Medical and sanitary report of the native army of Madras for the year
Year: 1875
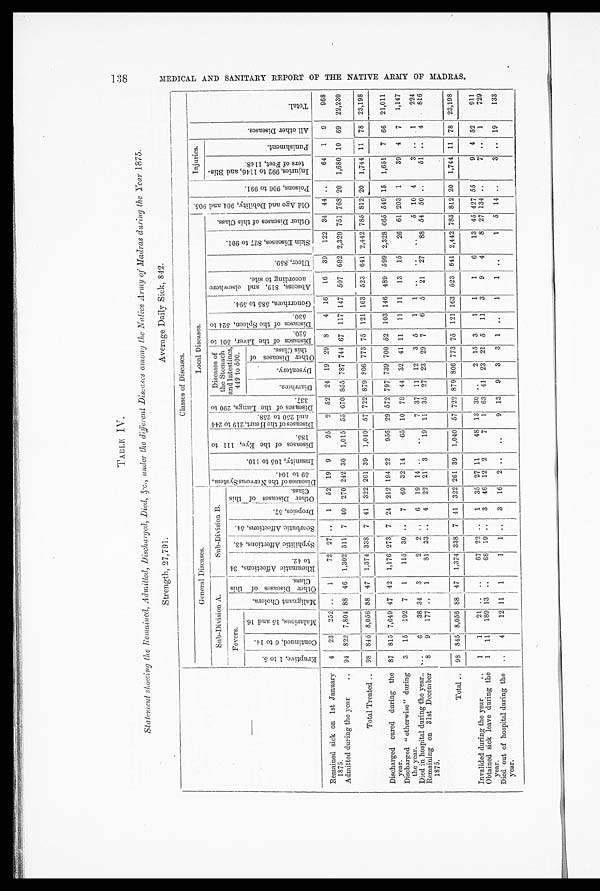
1 3 8 ME DI CAL AND S ANI T AR Y R E P OR T OF T HE NAT I VE AR MY OF MADR AS .
TABLE IV.
Statement showing the Remained, Admitted, Discharged, Died, &c., under the different Diseases among the Native Army of Madras during the Year 1875.
Strength, 27,791.
Average Daily Sick, 842.
—
Classes of Diseases.
General Diseases.
Local Diseases.
O l d A g e a n d D e b i l i t y , 9 0 4 a n d 9 0 5 .
P o i s o n s , 9 0 6 t o 9 9 1 .
Injuries.
A l l o t h e r D i s e a s e s .
Total.
Sub-Division A.
Sub-Division B.
D i s e a s e s o f t h e N e r v o u s S y s t e m , 5 9 t o 1 0 4 .
I n s a n i t y , 1 0 5 t o 1 1 0 .
D i s e a s e s o f t h e E y e , 1 1 1 t o 1 8 5 .
D i s e a s e s o f t h e H e a r t , 2 1 9 t o 2 4 4 a n d 2 5 0 t o 2 5 8 . D i s e a s e s o f t h e L u n g s , 2 9 0 t o 3 3 7 .
Diseases of
the Stomach
and Intestines,
449 to 500.
D i s e a s e s o f t h e L i v e r , 5 0 1 t o 5 2 0 .
D i s e a s e s o f t h e S p l e e n , 5 2 4 t o 5 3 0 .
G o n o r r h œ a , 5 8 5 t o 5 9 4 .
A b s c e s s , 8 1 9 , a n d e l s e w h e r e a c c o r d i n g t o s i t e .
U l c e r , 8 5 9 .
S k i n D i s e a s e s , 8 2 7 t o 9 0 1 .
O t h e r D i s e a s e s o f t h i s C l a s s .
I n j u r i e s , 9 9 2 t o 1 1 4 6 , a n d B l i s - t e r s o f F e e t , 1 1 4 8 .
P u n i s h m e n t .
Fevers.
M a l i g n a n t C h o l e r a .
O t h e r D i s e a s e s o f t h i s C l a s s . R h e u m a t i c A f f e c t i o n s , 3 4 t o 4 2 .
S y p h i l i t i c A f f e c t i o n s , 4 3 .
S c o r b u t i c A f f e c t i o n s , 5 4 .
D r o p s i e s , 5 7 .
O t h e r D i s e a s e s o f t h i s C l a s s .
E r u p t i v e , 1 t o 5 .
C o n t i n u e d , 6 t o 1 4 .
M a l a r i o u s , 1 5 a n d 1 6 .
D i a r r h œ a .
D y s e n t e r y .
O t h e r D i s e a s e s o f t h i s C l a s s .
Remained sick on 1st January
1875.
4 23 252 ..
1
72 27 ..
1 52 19 9
25 2 52 24 19 29 8
4 16 16 39 122 34 44 . .
64 1
9
968
Admitted during the year
. . 94 822 7,804 88 46 1,302 311 7 40 270 242 30 1,015 55 670 855 787 744 67 117 147 507 602 2,320 751 768 20 1,680 10 69 22,230
Total Treated .. 98 845 8,056 88 47 1,374 338 7 41 322 261 39 1,040 57 722 879 806 773 75 121 163 523 641 2,442 785 812 20 1,744 11 78 23,198
Discharged cured during the
year.
87 815 7,649 47 42 1,176 273 7 24 212 194 22
956 29 572 797 739 700 52 103 146 489 599 2,328 665 549 15 1,651 7 66 21,011
Discharged "otherwise" during
the year.
3 15 192 7 1
115 30 .. 7 69 32 14
65 10 78 44 32 41 11 11 11 13 15
26 61 203 1
39 4 7
1,147
Died in hospital during the year. ...
6
38 34 3
2 2 .. 6 19 14 ..
..
7 37 11 12 3 5
1 1 ..
..
..
5 10 4
3 .. 1
224
Remaining on 31st December
1875.
8
9 177 ..
1
81 33 .. 4 22 21 3
19 11 35 27 23 29 7
6 5 21 27
88 54 50 ..
51 ..
4
816
Total .. 98 845 8,056 88 47 1,374 338 7 41 322 261 39 1,040 57 722 879 806 773 75 121 163 523 641 2,442 785 812 20 1,744 11 78 23,198
Invalided during the year
..
1
1
21 ..
..
67 22 ..
1 35 27 11
48 13 30 ..
2 15 3
1
1
1
6
13 45 427 55
9 4 52
911
Obtained sick leave during the
year.
1 11 189 13 ..
68 19 ..
3 46 12 2
7 1 63 41 23 21 5 11 3
9
4
8 27 134 ..
7 ..
1
729
Died out of hospital during the
year.
..
4
12 11 1
1
1 ..
3 16 2 ..
..
9 13 9 3 3 1 ..
1
1 . .
1
5 14 ..
3 .. 19
133